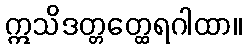
ဣသိဒတ္တတ္ထေရဂါထာ။